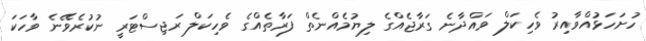
ހުށަހަޅުއްވާއިރު ވެހިކަލް ވައްދާނެ ގަރާޖެއްގެ ލިޔުމެއްނެތް ފަރާތެއްގެ ވެހިކަލް ރަޖިސްޓަރީ ނުކުރެވޭނެ ވާހަކަ